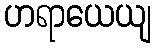
ဟရာယေယျ